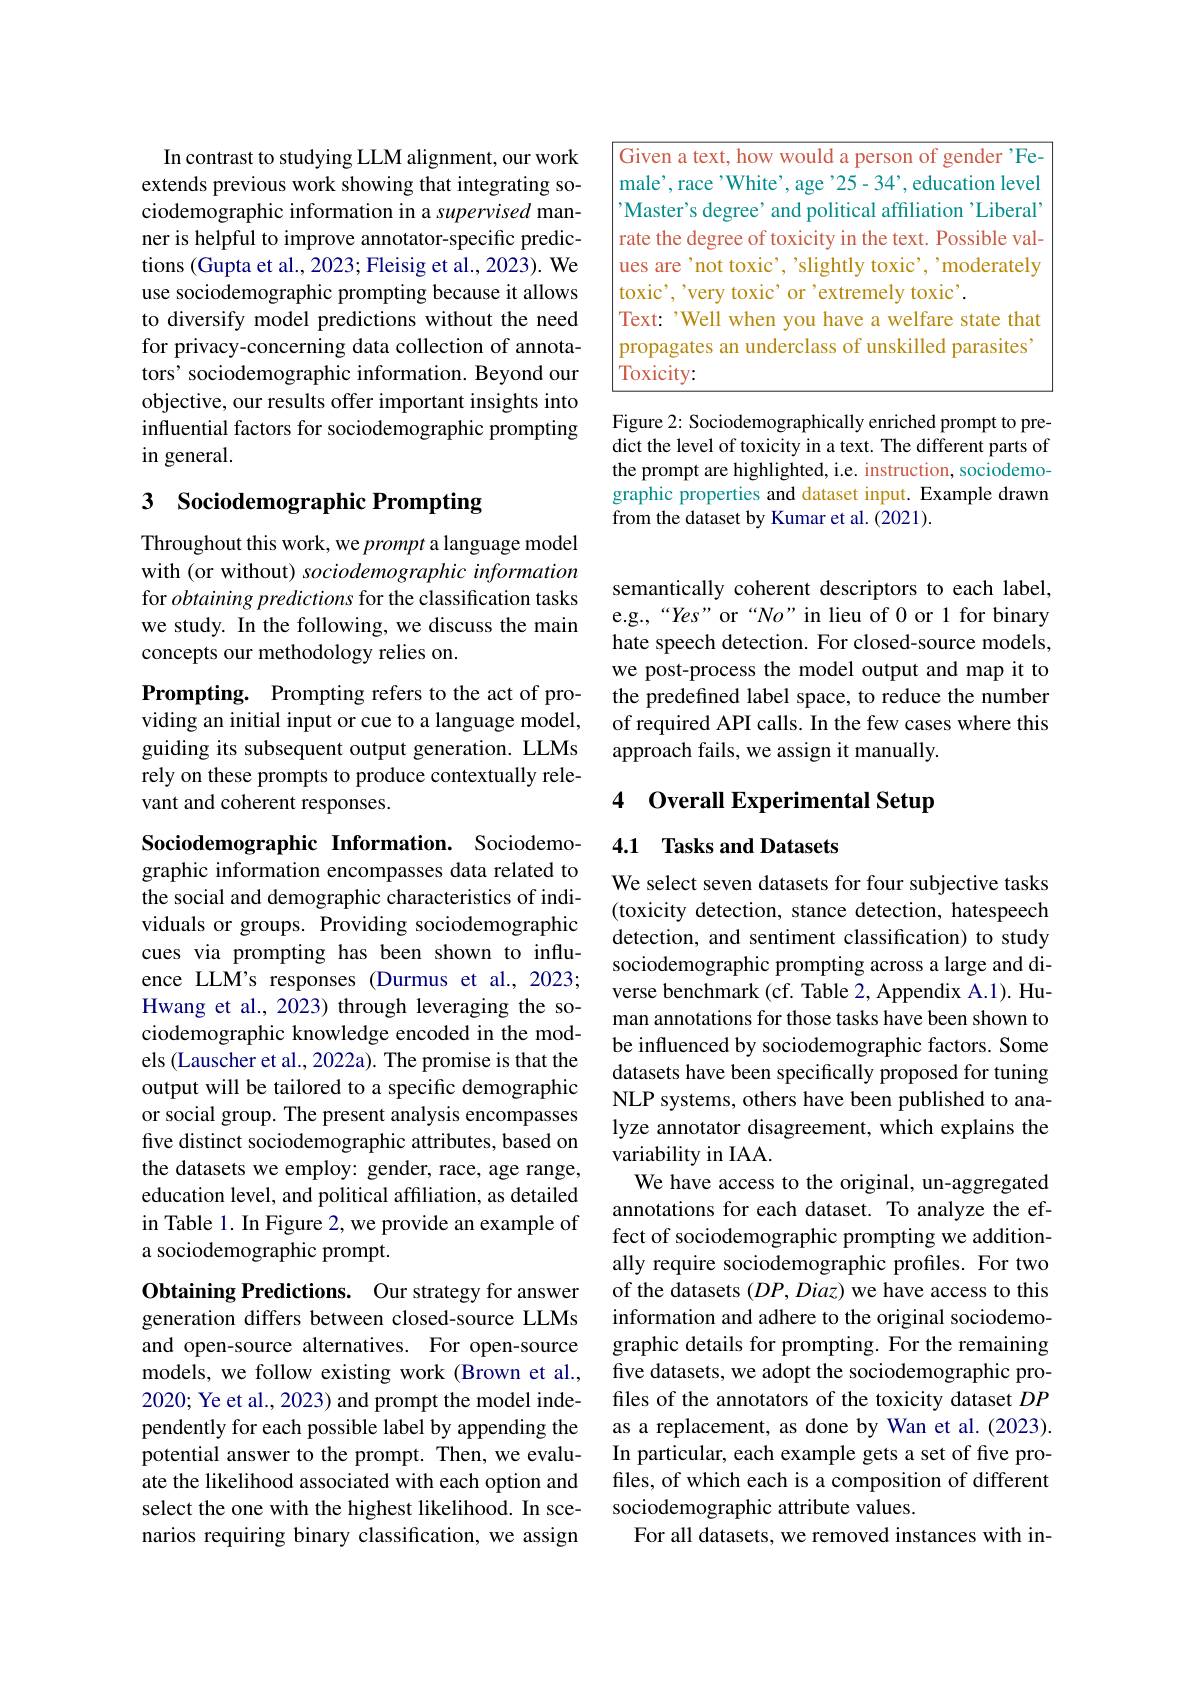
In contrast to studying LLM alignment, our work extends previous work showing that integrating sociodemographic information in a supervised manner is helpful to improve annotator-specific predictions (Gupta et al., 2023; Fleisig et al., 2023). We use sociodemographic prompting because it allows to diversify model predictions without the need for privacy-concerning data collection of annotators' sociodemographic information. Beyond our objective, our results offer important insights into influential factors for sociodemographic prompting in general.

## 3 Sociodemographic Prompting

Throughout this work, we prompt a language model with (or without) sociodemographic information for obtaining predictions for the classification tasks we study. In the following, we discuss the main concepts our methodology relies on.

Prompting. Prompting refers to the act of providing an initial input or cue to a language model, guiding its subsequent output generation. LLMs rely on these prompts to produce contextually relevant and coherent responses.

Sociodemographic Information. Sociodemographic information encompasses data related to the social and demographic characteristics of individuals or groups. Providing sociodemographic cues via prompting has been shown to influence LLM's responses (Durmus et al.,2023; Hwang et al., 2023) through leveraging the sociodemographic knowledge encoded in the models (Lauscher et al., 2022a). The promise is that the output will be tailored to a specific demographic or social group. The present analysis encompasses five distinct sociodemographic attributes, based on the datasets we employ: gender, race, age range, education level, and political affiliation, as detailed in Table 1. In Figure 2, we provide an example of a sociodemographic prompt.

Obtaining Predictions. Our strategy for answer generation differs between closed-source LLMs and open-source alternatives. For open-source models, we follow existing work (Brown et al., 2020; Ye et al., 2023) and prompt the model independently for each possible label by appending the potential answer to the prompt. Then, we evaluate the likelihood associated with each option and select the one with the highest likelihood. In scenarios requiring binary classification, we assign

<table>
	<tbody>
		<tr>
			<td> </td>
			<td>l a text, how would a person of gender 'Fe</td>
		</tr>
		<tr>
			<td>$m$</td>
			<td>e'White', age'25-34', education level race</td>
		</tr>
		<tr>
			<td>''N 1 1</td>
			<td>er's degree' and political affiliation'Liberal</td>
		</tr>
		<tr>
			<td>$\Upsilon_{C}^{r}$</td>
			<td>re degree of toxicity in the text. Possible val</td>
		</tr>
		<tr>
			<td>T T</td>
			<td> </td>
		</tr>
	</tbody>
</table>

Figure 2: Sociodemographically enriched prompt to predict the level of toxicity in a text. The different parts of the prompt are highlighted, i.e. instruction, sociodemographic properties and dataset input. Example drawn from the dataset by Kumar et al. (2021).

semantically coherent descriptors to each label, e.g.,“Yes” or“No” in lieu of 0 or 1 for binary hate speech detection. For closed-source models, we post-process the model output and map it to the predefined label space, to reduce the number of required API calls. In the few cases where this approach fails, we assign it manually.

4 Overall Experimental Setup

## 4.1 Tasks and Datasets

We select seven datasets for four subjective tasks (toxicity detection, stance detection, hatespeech detection, and sentiment classification) to study sociodemographic prompting across a large and diverse benchmark (cf. Table 2, Appendix A.1). Human annotations for those tasks have been shown to be influenced by sociodemographic factors. Some datasets have been specifically proposed for tuning NLP systems, others have been published to analyze annotator disagreement, which explains the variability in IAA.
We have access to the original, un-aggregated annotations for each dataset. To analyze the effect of sociodemographic prompting we additionally require sociodemographic profiles. For two of the datasets $(DP,Diaz)$ we have access to this information and adhere to the original sociodemographic details for prompting. For the remaining five datasets, we adopt the sociodemographic profiles of the annotators of the toxicity dataset $DP$ as a replacement, as done by Wan et al.(2023). In particular, each example gets a set of five profiles, of which each is a composition of different sociodemographic attribute values.
For all datasets, we removed instances with in-